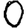
Digit: 0